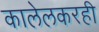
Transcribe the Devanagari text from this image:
कालेलकरही